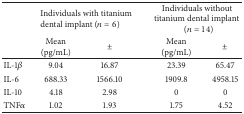
<table><thead><tr><td><b> </b></td><td colspan="2"><b>Individuals with titanium dental implant (<i>n</i> = 6)</b></td><td colspan="2"><b>Individuals without titanium dental implant (<i>n</i> = 14)</b></td></tr><tr><td><b> </b></td><td><b>Mean (pg/mL)</b></td><td><b>±</b></td><td><b>Mean (pg/mL)</b></td><td><b>±</b></td></tr></thead><tbody><tr><td>IL-1<i>β</i></td><td>9.04</td><td>16.87</td><td>23.39</td><td>65.47</td></tr><tr><td>IL-6</td><td>688.33</td><td>1566.10</td><td>1909.8</td><td>4958.15</td></tr><tr><td>IL-10</td><td>4.18</td><td>2.98</td><td>0</td><td>0</td></tr><tr><td>TNF<i>α</i></td><td>1.02</td><td>1.93</td><td>1.75</td><td>4.52</td></tr></tbody></table>